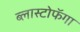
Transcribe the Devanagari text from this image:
ब्लास्टोफॅगा